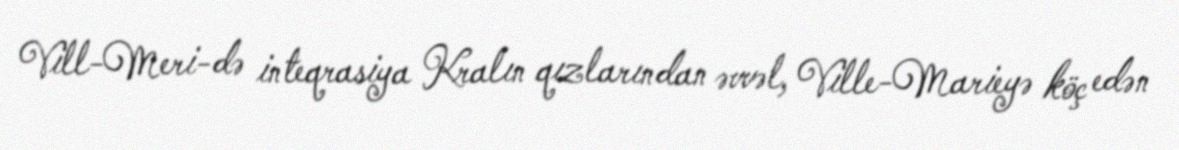
Vill-Meri-də inteqrasiya Kralın qızlarından əvvəl, Ville-Marieyə köç edən